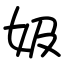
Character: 㚫